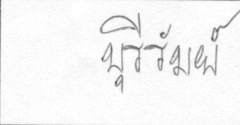
บุรีรัมย์